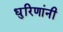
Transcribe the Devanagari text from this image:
धुरिणांनी